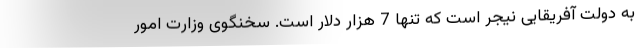
به دولت آفریقایی نیجر است که تنها 7 هزار دلار است. سخنگوی وزارت امور